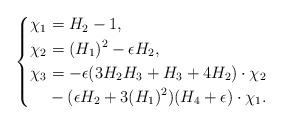
LaTeX: \begin{align*}\left\{\begin{alignedat}{2}\chi_1& = H_2 - 1,\\\chi_2&= (H_1)^2 - \epsilon H_2,\\\chi_3& = -\epsilon(3H_2H_3 +H_3+4 H_2)\cdot\chi_2\\& - (\epsilon H_2 + 3(H_1)^2)(H_4+\epsilon)\cdot\chi_1.\end{alignedat}\right. \end{align*}